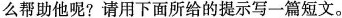
么帮助他呢？请用下面所给的提示写一篇短文。